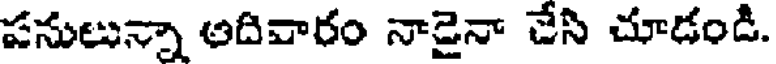
పనులున్నా అదివారం నాడైనా చేసి చూడండి.